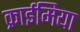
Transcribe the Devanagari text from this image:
क्राईमिया